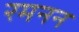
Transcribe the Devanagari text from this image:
रमनन